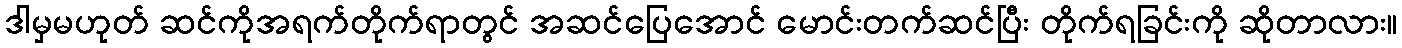
ဒါမှမဟုတ် ဆင်ကိုအရက်တိုက်ရာတွင် အဆင်ပြေအောင် မောင်းတက်ဆင်ပြီး တိုက်ရခြင်းကို ဆိုတာလား။